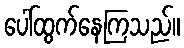
ပေါ်ထွက်နေကြသည်။